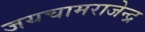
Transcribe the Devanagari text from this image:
जयचामराजेन्द्र